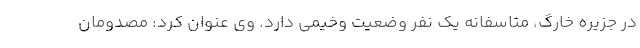
در جزیره خارگ، متاسفانه یک نفر وضعیت وخیمی دارد. وی عنوان کرد: مصدومان